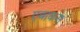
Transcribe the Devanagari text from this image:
एबाकस